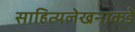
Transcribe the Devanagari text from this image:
साहित्यलेखनाकडे